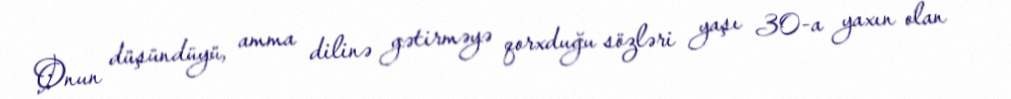
Onun düşündüyü, amma dilinə gətirməyə qorxduğu sözləri yaşı 30-a yaxın olan